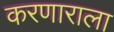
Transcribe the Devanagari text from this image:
करणाराला